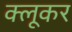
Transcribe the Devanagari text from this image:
क्लूकर